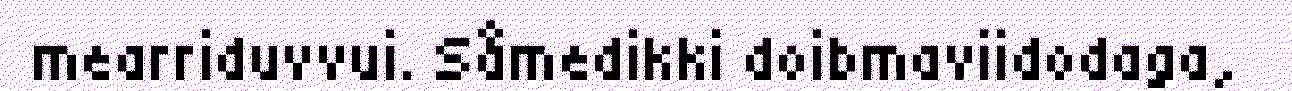
mearriduvvui. Såmedikki doibmaviidodaga,